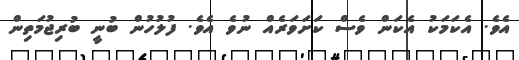
އެވެ. އެކަމަކު އެކަން ވެސް ކަށަވަރެއް ނުވެ އެވެ. ފުލުހުން ބުނީ ބުރިޖުމަތިން